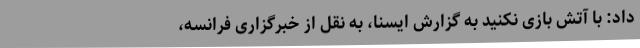
داد: با آتش بازی نکنید به گزارش ایسنا، به نقل از خبرگزاری فرانسه،